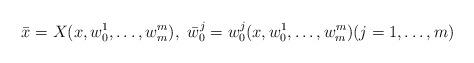
LaTeX: \begin{align*}\bar x=X(x,w^1_0,\ldots,w^m_m),\ \bar w^j_0=w^j_0(x,w^1_0,\ldots,w^m_m)(j=1,\ldots,m)\end{align*}